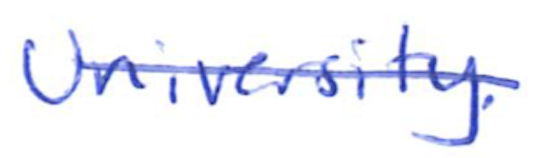
Text: University.
Cross-out: diagonal
Writing tool: ballpoint